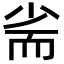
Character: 𡭺